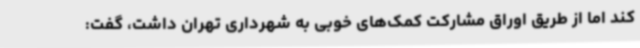
کند اما از طریق اوراق مشارکت کمک‌های خوبی به شهرداری تهران داشت، گفت: